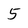
Character: 5